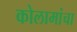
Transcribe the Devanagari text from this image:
कोलामांचा